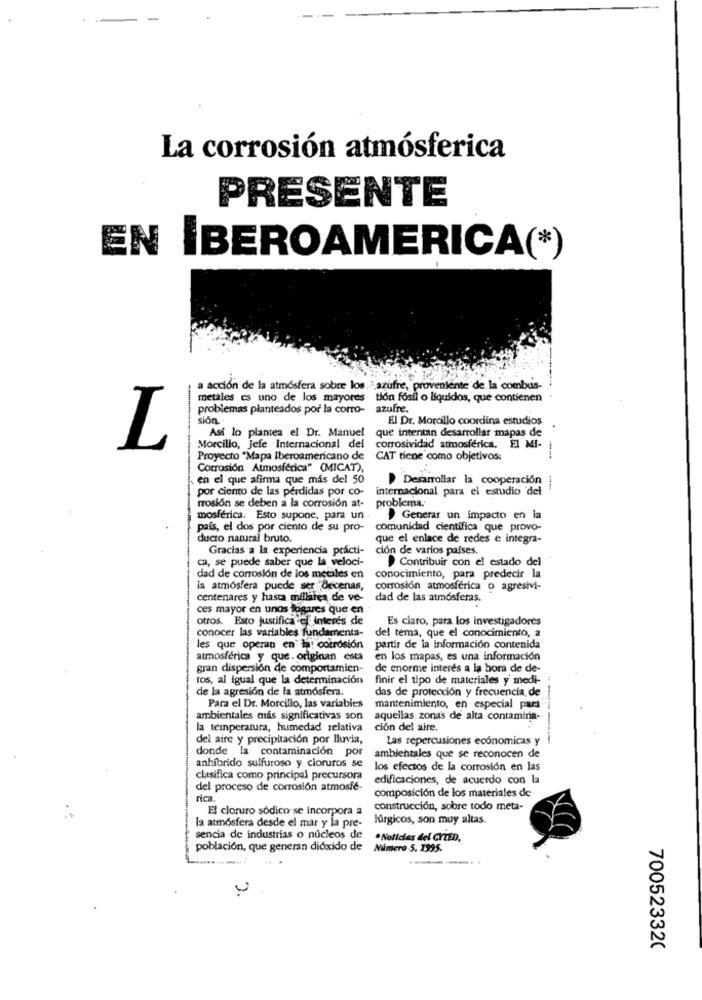
La corrosión atmósferica
PRESENTE
EN IBEROAMERICA(*)
a acción de la atmósfera sobre los.ª azufre, proveniente de la combus-
metales es uno de los mayores tion fosil o líquidos, que contienen
problemas planteados por la cotro-
azufre.
T
sión.
El Dr. Morallo coordina estudios
Asi lo plantea el Dr. Manuel
que intentan desarrollar mapas de
L
Morcillo, Jefe Internacional del
corrosividad atmosferica. El MI-
Proyecto "Mapa Iberoamericano de
CAT tiene como objetivos:
Corrosión Atmosférica" (MICAT),
en el que afirma que más del 50
Desarrollar la cooperación
-
por ciento de las pérdidas por co-
internacional para el estudio del
problema.
rrosion se deben a la corrosión at-
mosférica. Esto supone, para un
Generar un impacto en la
pais, el dos por ciento de su pro-
comunidad científica que provo-
ducto natural bruto.
que el enlace de redes e integra-
Gracias a la experiencia prácti-
ción de varios países.
ca, se puede saber que la veloci-
Contribuir con el estado del
dad de corrosión de los metales en
conocimiento, para predecir la
la atmósfera puede ser decenas,
corrosión atmosférica o agresivi-
centenares y hasta millarea de ve-
dad de las atmosferas.
ces mayor en unos fogares que en
otros. Esto justificael interés de
Es claro, para los investigadores
conocer las variables fundamenta-
del tema, que el conocimiento, a
les que operan en la corrosión partir de la información contenida
atmosférica y que. originan esta
en los mapas, es una información
gran dispersión de comportamien-
de enorme interés a la hora de de-
ros, al igual que la determinación
finir el tipo de materiales y medi-
de la agresión de la atmosfera.
das de protección y frecuencia de
Para el Dr. Morcillo, las variables
mantenimiento, en especial para
ambientales mas significativas son
aquellas. zona's de alta contamina-
la temperatura, humedad relativa
cion del aire.
del aire y precipitación por lluvia,
Las repercusiones economicas y
----
donde la contaminación por
ambientales que se reconocen de
anhibrido sulfuroso y cloruros se
los efectos de la corrosión en las
clasifica como principal precursora
edificaciones, de acuerdo con la
del proceso de corrosión atmosfé-
composición de los materiales de
rica.
El cloruro sódico se incorpora a
construcción, sobre todo meta-
la atmosfera desde el mar y la pre-
lúrgicos, son muy altas.
sencia de industrias o núcleos de
*Noticias del CYTED,
población, que generan dióxido de
Número 5, 1995.
.4
700523320